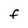
Character: f